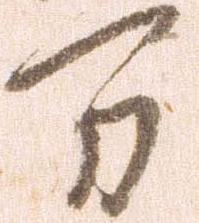
万